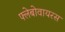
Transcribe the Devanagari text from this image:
फ्लेबोवायरस